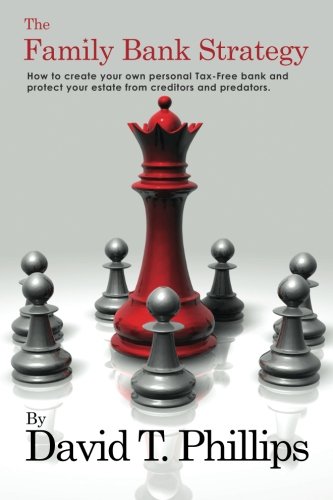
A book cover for The Family Bank Strategy: How to create your own personal Tax-Free bank and protect your estate from creditors and predators; David Thomas Phillips; Business & Money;